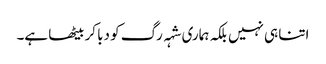
اتنا ہی نہیں بلکہ ہماری شہہ رگ کو دبا کر بیٹھا ہے۔